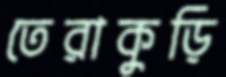
তেরাকুড়ি